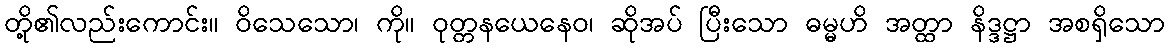
တို့၏လည်းကောင်း။ ဝိသေသော၊ ကို။ ဝုတ္တနယေနေဝ၊ ဆိုအပ် ပြီးသော ဓမ္မဟိ အတ္ထာ နိဒ္ဒဋ္ဌာ အစရှိသော